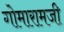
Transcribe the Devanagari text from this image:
गोमारामजी